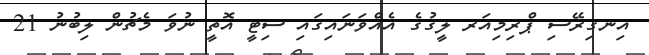
އިނގިރޭސި ޕްރިމިއަރ ލީގުގެ އެއްވަނައިގައި ސިޓީ އޮތީ ނުވަ މެޗުން ލިބުނު 21